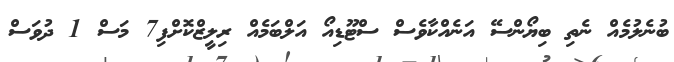
ބުނެލުމެއް ނެތި ބިޔޯންސޭ އަނެއްކާވެސް ސްޓޫޑިއޯ އަލްބަމެއް ރިލީޒްކޮށްފި7 މަސް 1 ދުވަސް